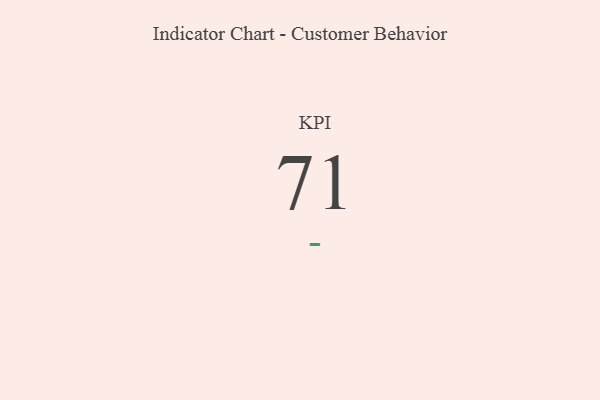
{"axis": {"x": "KPI", "y": "Value"}, "legend": [""], "data": [{"x": "KPI", "y": 71, "type": ""}]}